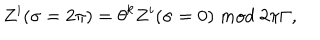
LaTeX: Z ^ { i } ( \sigma = 2 \pi ) = { { \theta } ^ { k } } Z ^ { i } ( \sigma = 0 ) \; m o d \; 2 \pi \Gamma ,